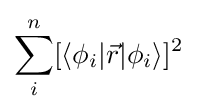
\sum _{i}^{n}[\langle \phi _{i}|{\vec {r}}|\phi _{i}\rangle ]^{2}